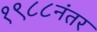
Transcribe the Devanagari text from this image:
१९८८नंतर